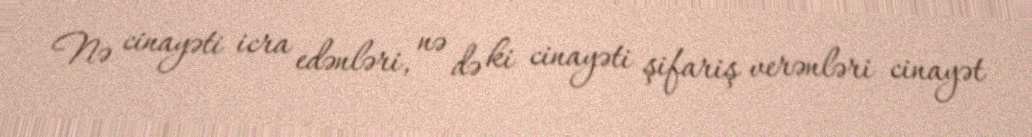
Nə cinayəti icra edənləri, nə də ki cinayəti şifariş verənləri cinayət